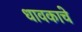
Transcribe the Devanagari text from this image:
धावकाचे